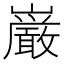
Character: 巌